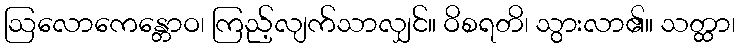
ဩလောကေန္တောဝ၊ ကြည့်လျက်သာလျှင်။ ဝိစရတိ၊ သွားလာ၏။ သတ္ထာ၊